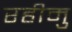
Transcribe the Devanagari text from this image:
रहीमु